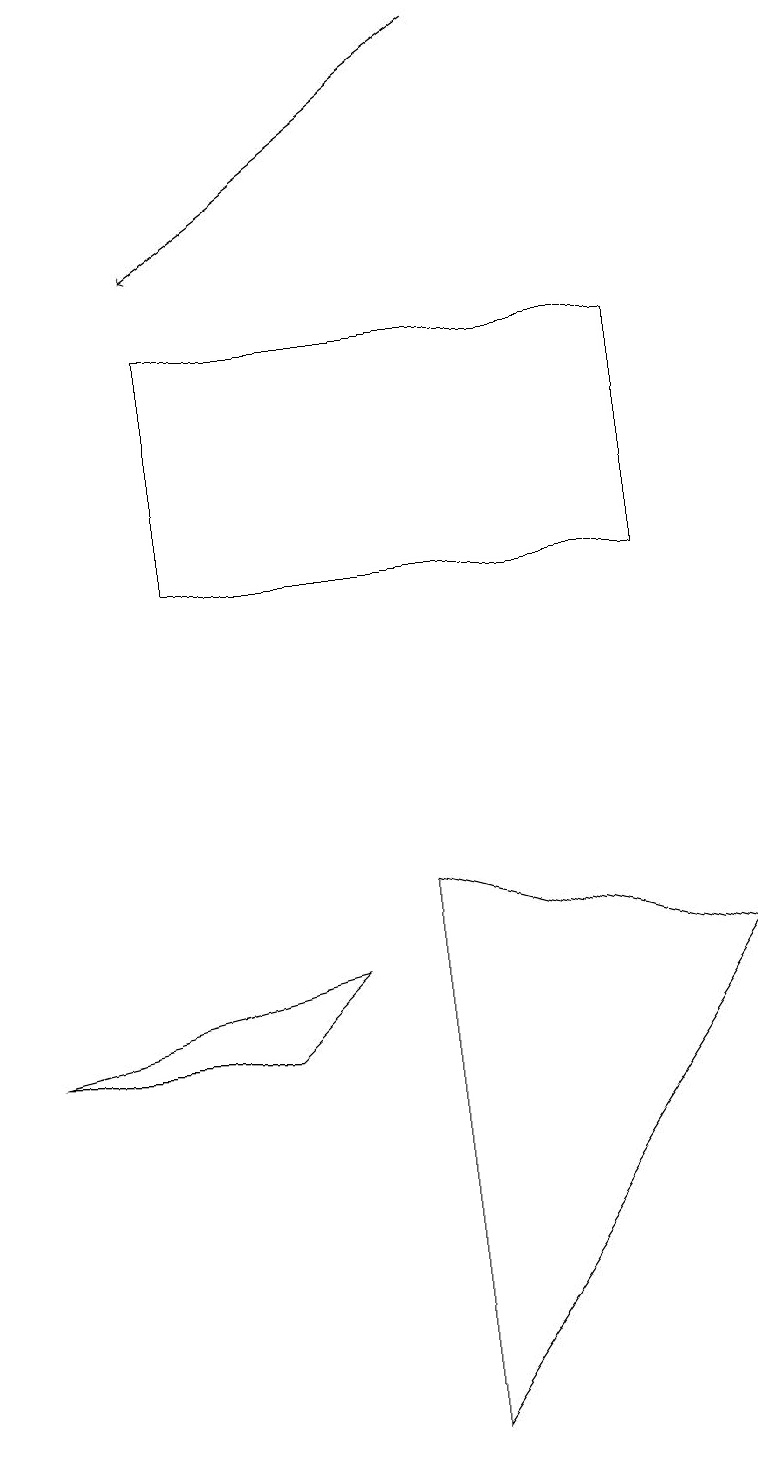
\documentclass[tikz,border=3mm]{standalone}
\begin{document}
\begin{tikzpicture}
\draw (0,6) -- (4,7) -- (3,6) -- cycle;
\draw (2,15) rectangle (8,12);
\draw[->] (6,19) -- (2,16);
\draw (9,7) -- (5,1) -- (5,8) -- cycle;
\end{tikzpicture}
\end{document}